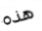
هذه